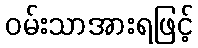
ဝမ်းသာအားရဖြင့်